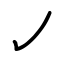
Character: ㇢